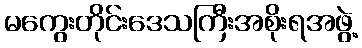
မကွေးတိုင်းဒေသကြီးအစိုးရအဖွဲ့